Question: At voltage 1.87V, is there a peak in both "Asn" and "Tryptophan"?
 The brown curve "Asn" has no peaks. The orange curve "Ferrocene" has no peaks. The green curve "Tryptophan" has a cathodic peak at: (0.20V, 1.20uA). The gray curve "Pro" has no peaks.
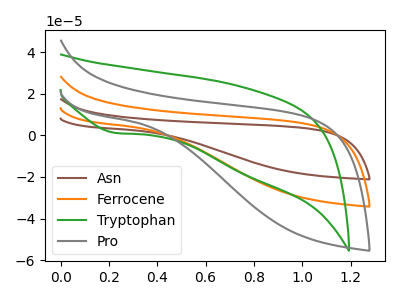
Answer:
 <answer>No, "Asn" and "Tryptophan" dont share a peak at 1.87V.</answer>
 <eval>mismatch</eval>